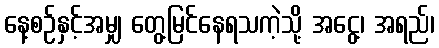
နေ့စဉ်နှင့်အမျှ တွေ့မြင်နေရသကဲ့သို့ အငွေ့၊ အရည်၊